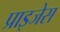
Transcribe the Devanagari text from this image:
प्राइजेस